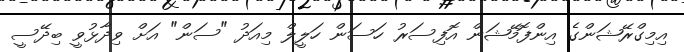
އިމިގްރޭޝަންގެ އިންފޮމޭޝަން އޮފިސަރު ހަސަން ހަލީލް މިއަދު "ސަން" އަށް ވިދާޅުވީ ބިދޭސީ